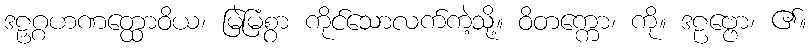
ဒဠှဂ္ဂဟဏတ္ထောဝိယ၊ မြဲမြံစွာ ကိုင်သောလက်ကဲ့သို့။ ဝိတက္ကော၊ ကို။ ဒဠဗ္ဗော၊ ၏။